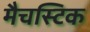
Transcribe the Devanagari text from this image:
मैचस्टिक